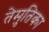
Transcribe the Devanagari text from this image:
तेमुतिका